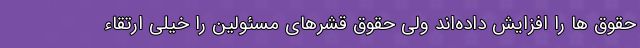
حقوق ها را افزایش داده‌اند ولی حقوق قشرهای مسئولین را خیلی ارتقاء